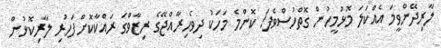
ލާރިދޭންވީމަ އެއްކަލަ މޮޅުމީހުން ގޮތްހުސްވެފަ! ކޮންމެ މަހަކު ދިވެހިރާއްޖޭގެ ރިޒާވްގަ ރައްކާކޮށްފަހުރި ލާރިކޮޅުން